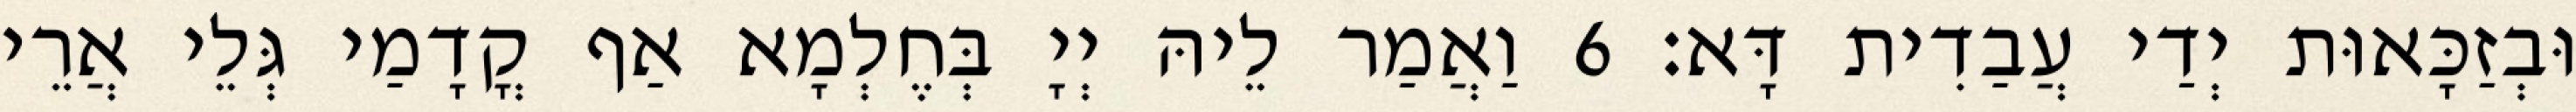
וּבְזַכָּאוּת יְדַי עֲבַדִית דָּא׃ 6 וַאֲמַר לֵיהּ יְיָ בְּחֶלְמָא אַף קֳדָמַי גְּלֵי אֲרֵי